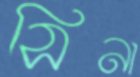
সিনা